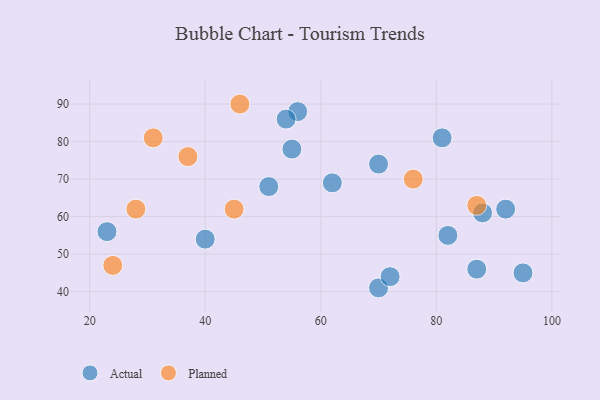
{"axis": {"x": "GDP", "y": "Life Expectancy"}, "legend": ["Actual", "Planned"], "data": [{"x": "56", "y": 88, "type": "Actual"}, {"x": "70", "y": 41, "type": "Actual"}, {"x": "88", "y": 61, "type": "Actual"}, {"x": "82", "y": 55, "type": "Actual"}, {"x": "87", "y": 46, "type": "Actual"}, {"x": "81", "y": 81, "type": "Actual"}, {"x": "72", "y": 44, "type": "Actual"}, {"x": "70", "y": 74, "type": "Actual"}, {"x": "54", "y": 86, "type": "Actual"}, {"x": "40", "y": 54, "type": "Actual"}, {"x": "92", "y": 62, "type": "Actual"}, {"x": "62", "y": 69, "type": "Actual"}, {"x": "55", "y": 78, "type": "Actual"}, {"x": "95", "y": 45, "type": "Actual"}, {"x": "23", "y": 56, "type": "Actual"}, {"x": "51", "y": 68, "type": "Actual"}, {"x": "37", "y": 76, "type": "Planned"}, {"x": "31", "y": 81, "type": "Planned"}, {"x": "24", "y": 47, "type": "Planned"}, {"x": "46", "y": 90, "type": "Planned"}, {"x": "28", "y": 62, "type": "Planned"}, {"x": "87", "y": 63, "type": "Planned"}, {"x": "45", "y": 62, "type": "Planned"}, {"x": "76", "y": 70, "type": "Planned"}]}